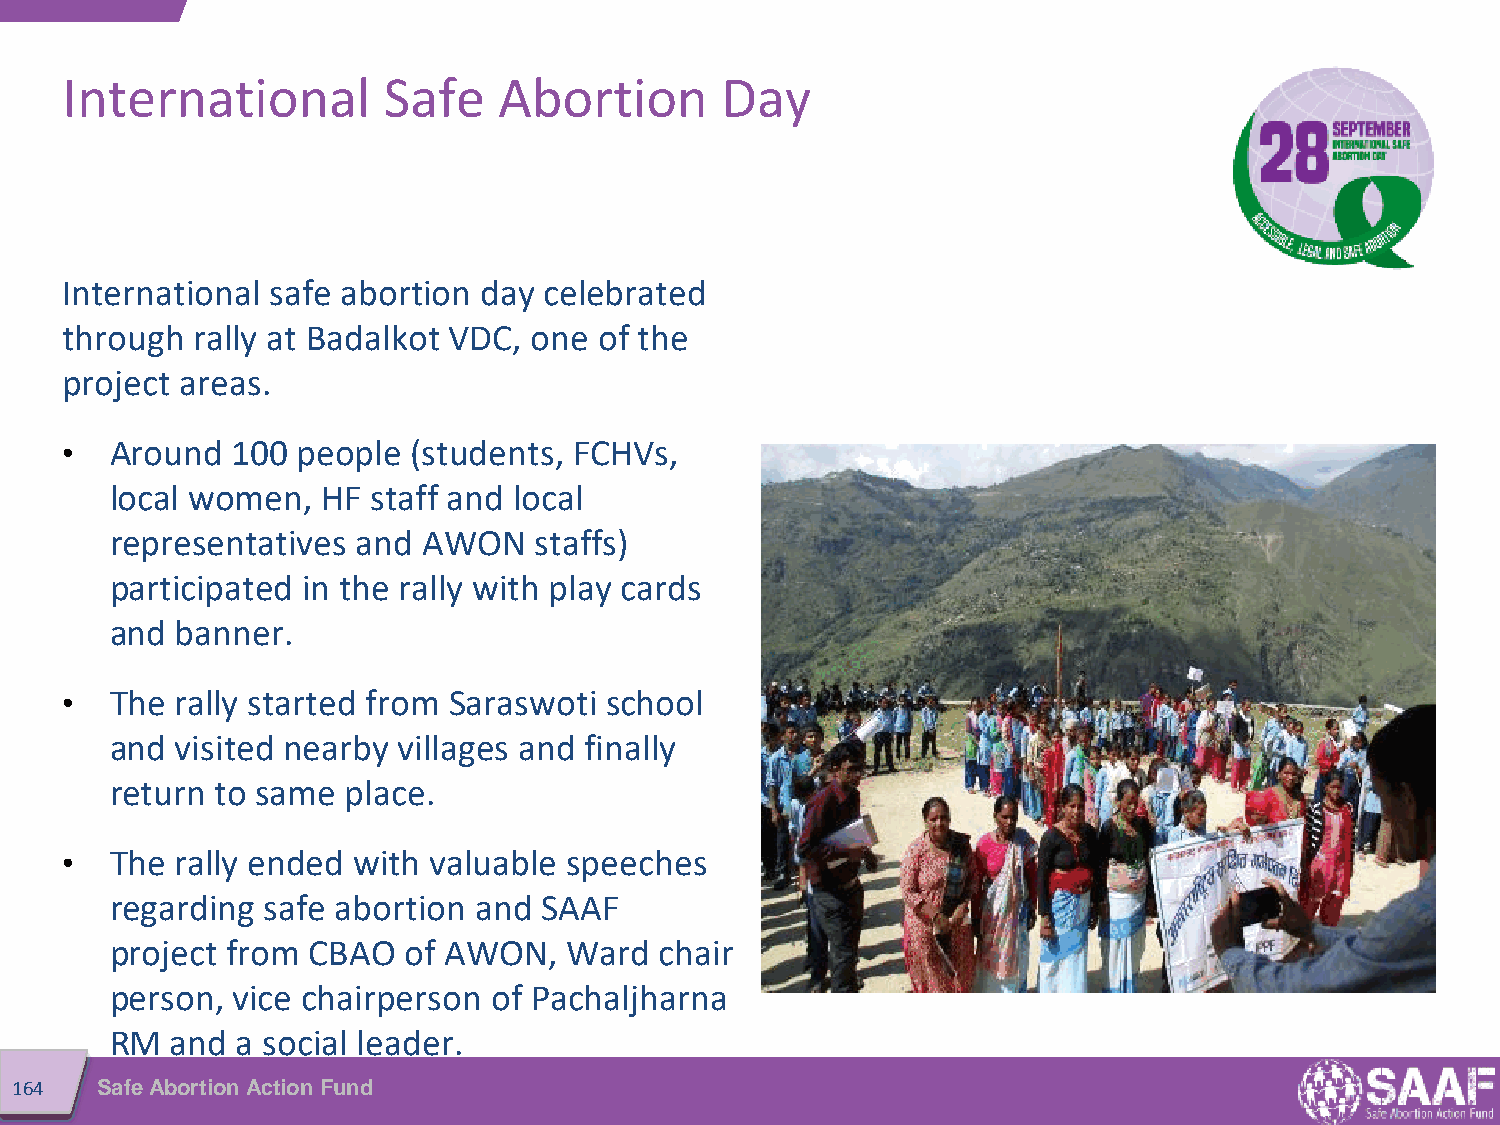
International        Safe    Abortion       Day
 International safe abortion day celebrated
 through  rally at Badalkot VDC, one of the
 project areas.
 •  Around  100  people (students, FCHVs,
 local women,  HF  staff and local
 representatives  and AWON   staffs)
 participated in the rally with play cards
 and  banner.
 •  The  rally started from Saraswoti school
 and  visited nearby villages and finally
 return to same  place.
 •  The  rally ended with valuable speeches
 regarding safe abortion and  SAAF
 project from CBAO   of AWON,  Ward   chair
 person, vice chairperson  of Pachaljharna
 RM  and  a social leader.
 164  Safe Abortion Action Fund